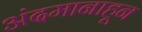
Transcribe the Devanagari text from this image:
अंदमानाहून